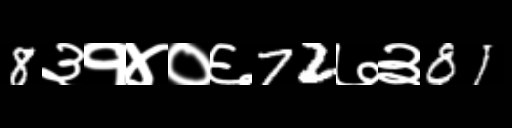
Text: 8३१४०६72७३81